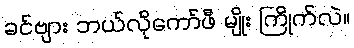
ခင်ဗျား ဘယ်လိုကော်ဖီ မျိုး ကြိုက်လဲ။